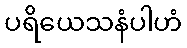
ပရိယေသနံပါဟံ